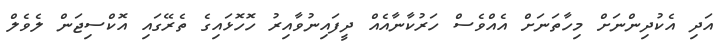
އަދި އެކުދިންނަށް މިހާތަނަށް އެއްވެސް ހަރުކާނާއެއް ދީފައިނުވާއިރު ހޮހޮޅައިގެ ތެރޭގައި އޮކްސިޖަން ލެވެލް